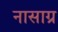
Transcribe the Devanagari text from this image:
नासाग्र